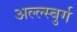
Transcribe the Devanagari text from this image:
अल्ल्स्बुर्ग